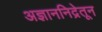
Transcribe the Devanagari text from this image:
अज्ञाननिद्रेतून